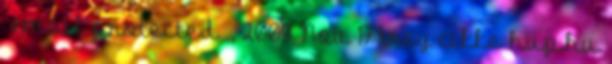
email protected , 2009 Nov 17 trey cikke hup.hu